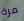
مرة